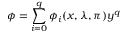
\phi = \sum _ { i = 0 } ^ { q } \phi _ { i } ( x , \lambda , \pi ) y ^ { q }